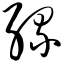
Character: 缧